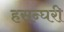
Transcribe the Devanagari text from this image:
हसन्घरी